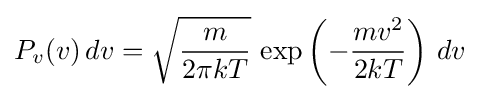
P_{v}(v)\,dv={\sqrt {\frac {m}{2\pi kT}}}\,\exp \left(-{\frac {mv^{2}}{2kT}}\right)\,dv